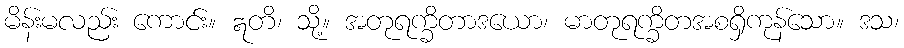
မိန်းမလည်း ကောင်း။ ဣတိ၊ သို့။ အတုရက္ခိတာဒယော၊ မာတုရက္ခိတအစရှိကုန်သော။ ဒသ၊